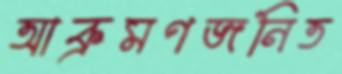
আক্রমণজনিত